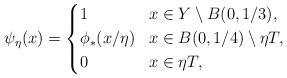
LaTeX: \begin{align*}\psi_\eta (x)=\left\{\aligned& 1 & & x\in Y \setminus B(0, 1/3),\\& \phi_* (x/\eta) & & x\in B(0, 1/4) \setminus \eta T ,\\& 0 & & x\in \eta T,\endaligned\right.\end{align*}